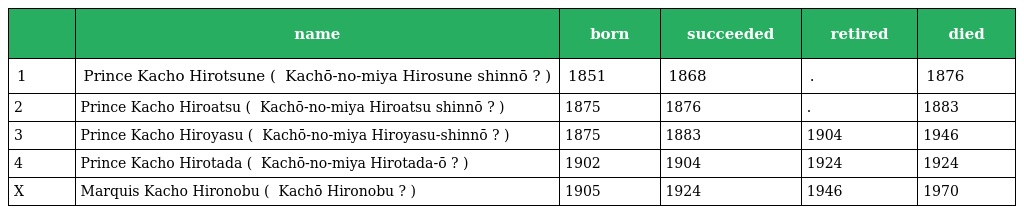
|  | name | born | succeeded | retired | died |
 | --- | --- | --- | --- | --- | --- |
 | 1 | Prince Kacho Hirotsune ( 華頂宮博経親王 Kachō-no-miya Hirosune shinnō ? ) | 1851 | 1868 | . | 1876 |
 | 2 | Prince Kacho Hiroatsu ( 華頂宮博厚親王 Kachō-no-miya Hiroatsu shinnō ? ) | 1875 | 1876 | . | 1883 |
 | 3 | Prince Kacho Hiroyasu ( 華頂宮博恭親王 Kachō-no-miya Hiroyasu-shinnō ? ) | 1875 | 1883 | 1904 | 1946 |
 | 4 | Prince Kacho Hirotada ( 華頂宮博忠王 Kachō-no-miya Hirotada-ō ? ) | 1902 | 1904 | 1924 | 1924 |
 | X | Marquis Kacho Hironobu ( 華頂博信 Kachō Hironobu ? ) | 1905 | 1924 | 1946 | 1970 |